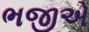
ભજીએ